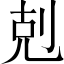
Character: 剋